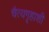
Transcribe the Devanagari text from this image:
चैत्यगृहाशी